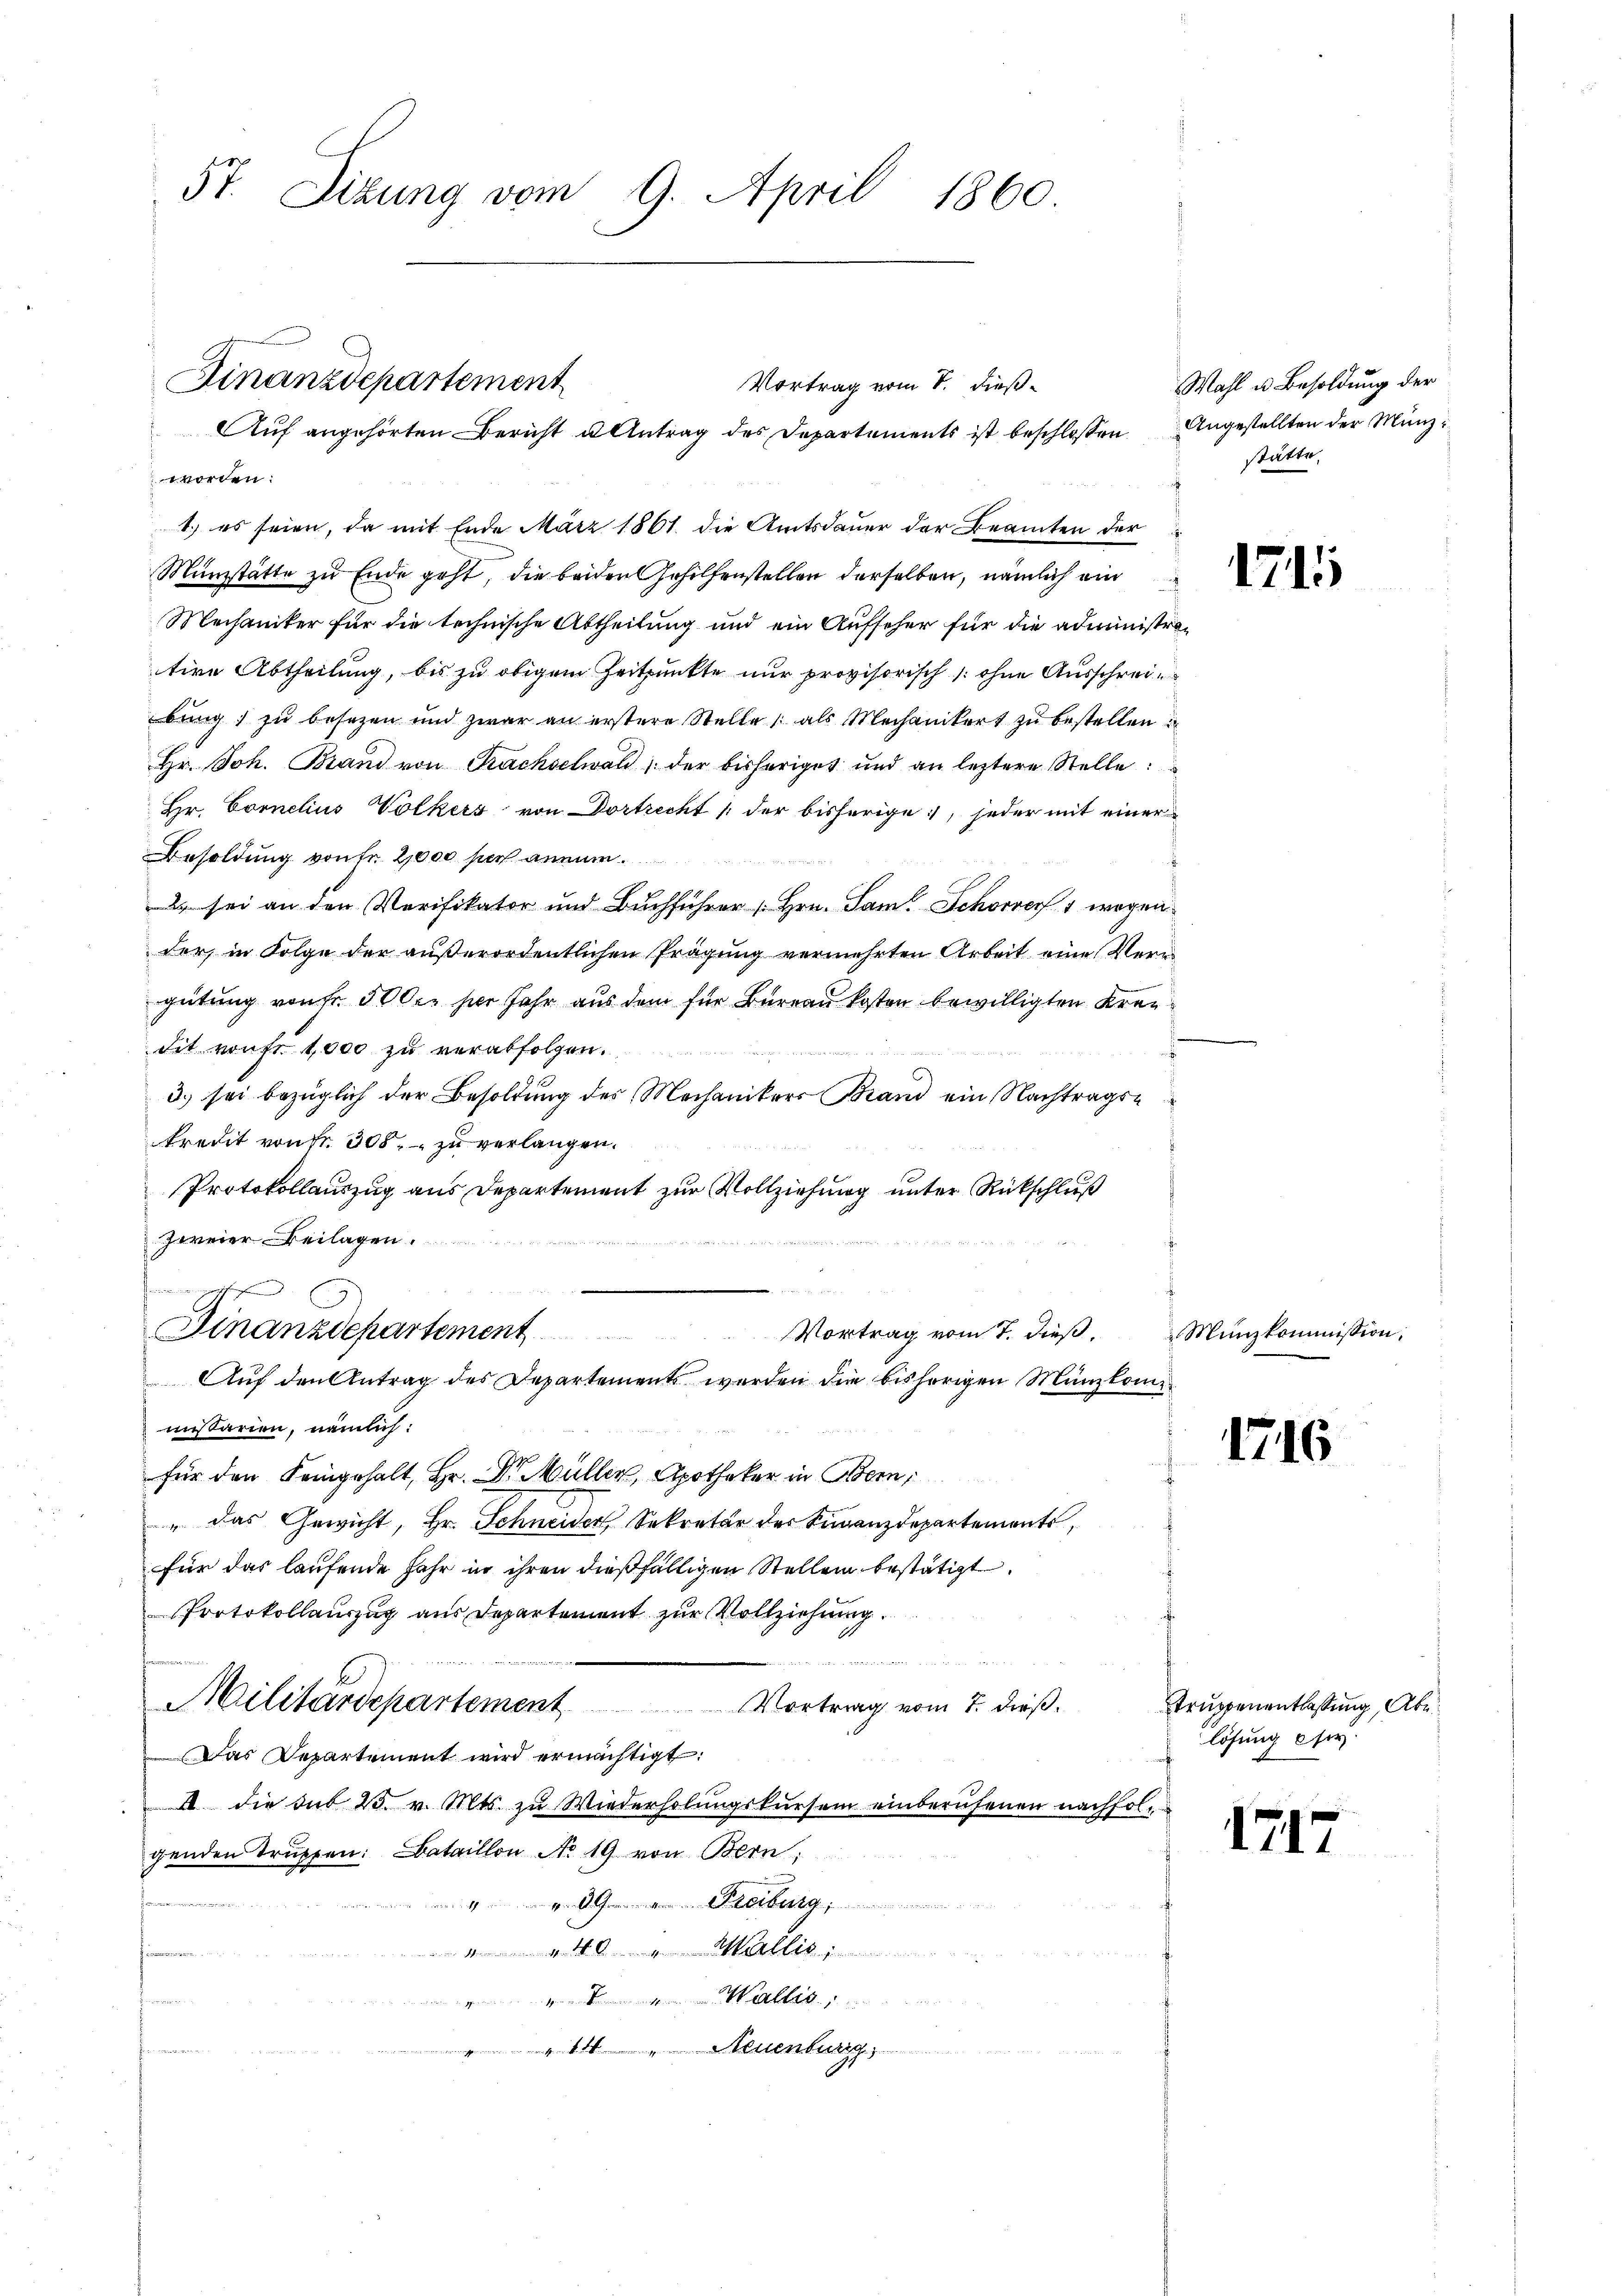
5t. Sizung vom 9. April 1860.

1.) es seien, da mit Ende März 1861 die Amtsdauer der Beamten der
Münzstätte zu Ende geht, die beiden Gehilfenstellen derselben, nämlich ein
d
Mechaniker für die technische Abtheilung und ein Aufseher für die administrative Abtheilung, bis zu obigem Zeitpunkte nur provisorisch ohne Ausschreibung) zu besezen und zwar an erstere Stelle, als Mechanikert zu bestellen
Hr. Joh. Brand von Prachselwald der bisheriget und an leztere Stelle:
Hr. Cornelius Volkers von Dortrecht der bisherige, jeder mit einer
Besoldung von Fr. 2000 sich anmun¬
2 sei an den Verifikator und Buchführer Hrn. Sam. Schorver 1 wegen
der, in Folge der außerordentlichen Prägung vermehrten Arbeit eine Veru
gütung von Fr. 500 r. hier Jahr aus dem für Bureau kosten bewilligten Kreudit vonfr 1,000 zu verabfolgen.
3.) sei bezüglich der Besoldung des Mechanikers Brand ein Nachtragskredit von Fr. 308, zu verlangen.
Protokollauszug aus Departement zur Vollziehung unter Rückschluß
zweier Beilagen.
eringungenschaften
Vortrag vom 7. dieß.
Finanzdepartement
Auf den Antrag des Departement werden die bisherigen Münzkommißarien, nämlich:
für den Feingehalt, Hr. Dr. Müller, Apothekar in Bern,
" das Gewicht, Hr. Schneider Sekretär der Finanzdepartements,
für das laufende Jahr in ihren dießfälligen Stellen bestätigt
Protokollauszug aus Departement zur Vollziehung.
s
Militärdepartement Vortrag vom 7. dieß.
Das Departement wird ermächtigt:
I die sub 25. v. Mts. zu Wiederholungskursem einberufenen nachfolgenden Truppen: Bataillon No 19 von Bern;
 en gegen erb
.
 Wallis

1 euenburg
n

Finanzdepartement
Vortrag vom 8. dieß¬
Auf angehörten Bericht u Antrag des Departements ist beschlossen Angestellten der Munzi
worden:

Wahl u. Besoldung der
stätte.

1711

Münzkommission,

1716

truppenentlassung, Abe
lösung cir.

1717